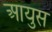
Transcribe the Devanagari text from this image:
आयुस